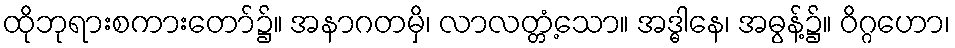
ထိုဘုရားစကားတော်၌။ အနာဂတမှိ၊ လာလတ္တံ့သော။ အဒ္ဓါနေ၊ အဓွန့်၌။ ဝိဂ္ဂဟော၊